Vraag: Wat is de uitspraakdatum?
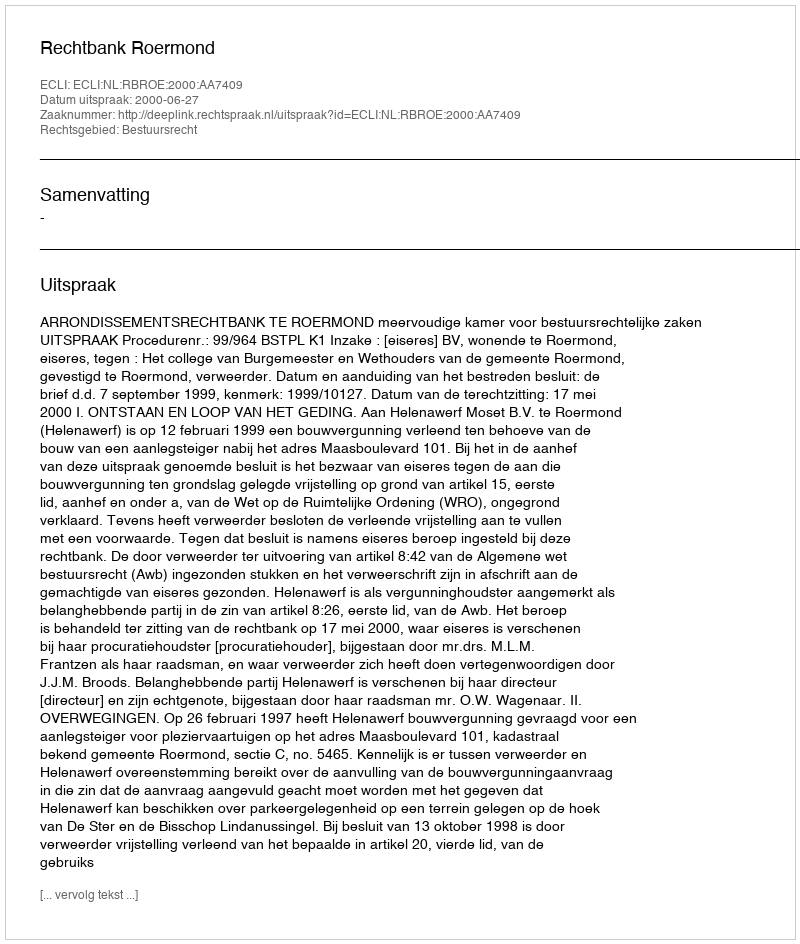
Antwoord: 2000-06-27